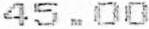
45.00